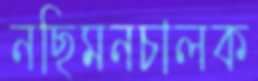
নছিমনচালক